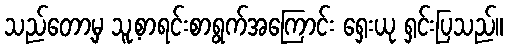
သည်တော့မှ သူ့စာရင်းစာရွက်အကြောင်း ရှေးယု ရှင်းပြသည်။